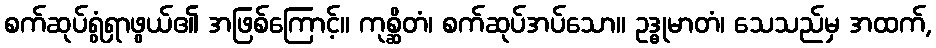
စက်ဆုပ်ရွံရှာဖွယ်၏ အဖြစ်ကြောင့်။ ကုစ္ဆိတံ၊ စက်ဆုပ်အပ်သော။ ဥဒ္ဓုမာတံ၊ သေသည်မှ အထက်,